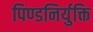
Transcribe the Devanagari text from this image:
पिण्डनिर्युक्ति